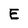
Character: E